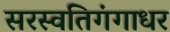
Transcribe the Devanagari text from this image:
सरस्वतिगंगाधर